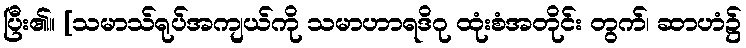
ပြီး၏။ [သမာသ်ရုပ်အကျယ်ကို သမာဟာရဒိဂု ထုံးစံအတိုင်း တွက်၊ ဆာဟံ၌